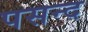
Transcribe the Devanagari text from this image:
पसन्‍द